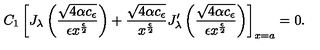
C _ { 1 } \left[ J _ { \lambda } \left( \frac { \sqrt { 4 \alpha c _ { \epsilon } } } { \epsilon x ^ { \frac { \epsilon } { 2 } } } \right) + \frac { \sqrt { 4 \alpha c _ { \epsilon } } } { x ^ { \frac { \epsilon } { 2 } } } J _ { \lambda } ^ { \prime } \left( \frac { \sqrt { 4 \alpha c _ { \epsilon } } } { \epsilon x ^ { \frac { \epsilon } { 2 } } } \right) \right] _ { x = a } = 0 .